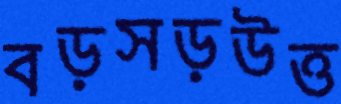
বড়সড়উত্ত